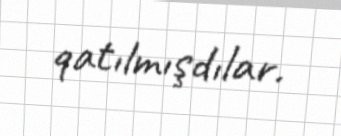
qatılmışdılar.